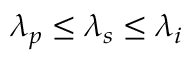
\lambda _ { p } \leq \lambda _ { s } \leq \lambda _ { i }